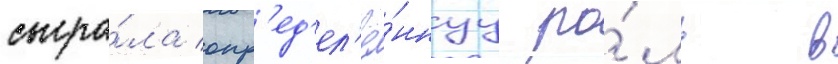
сыгра́ла опр'ед'ел'ё́ннуу ро́ль в